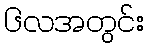
၆လအတွင်း